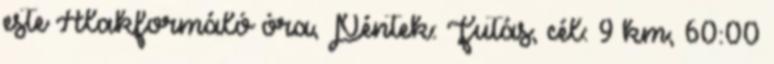
este Alakformáló óra, Péntek: Futás, cél: 9 km, 60:00